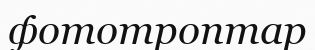
фототроптар